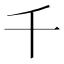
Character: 千